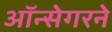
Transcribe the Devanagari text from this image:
ऑन्सेगरने